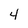
Character: 4